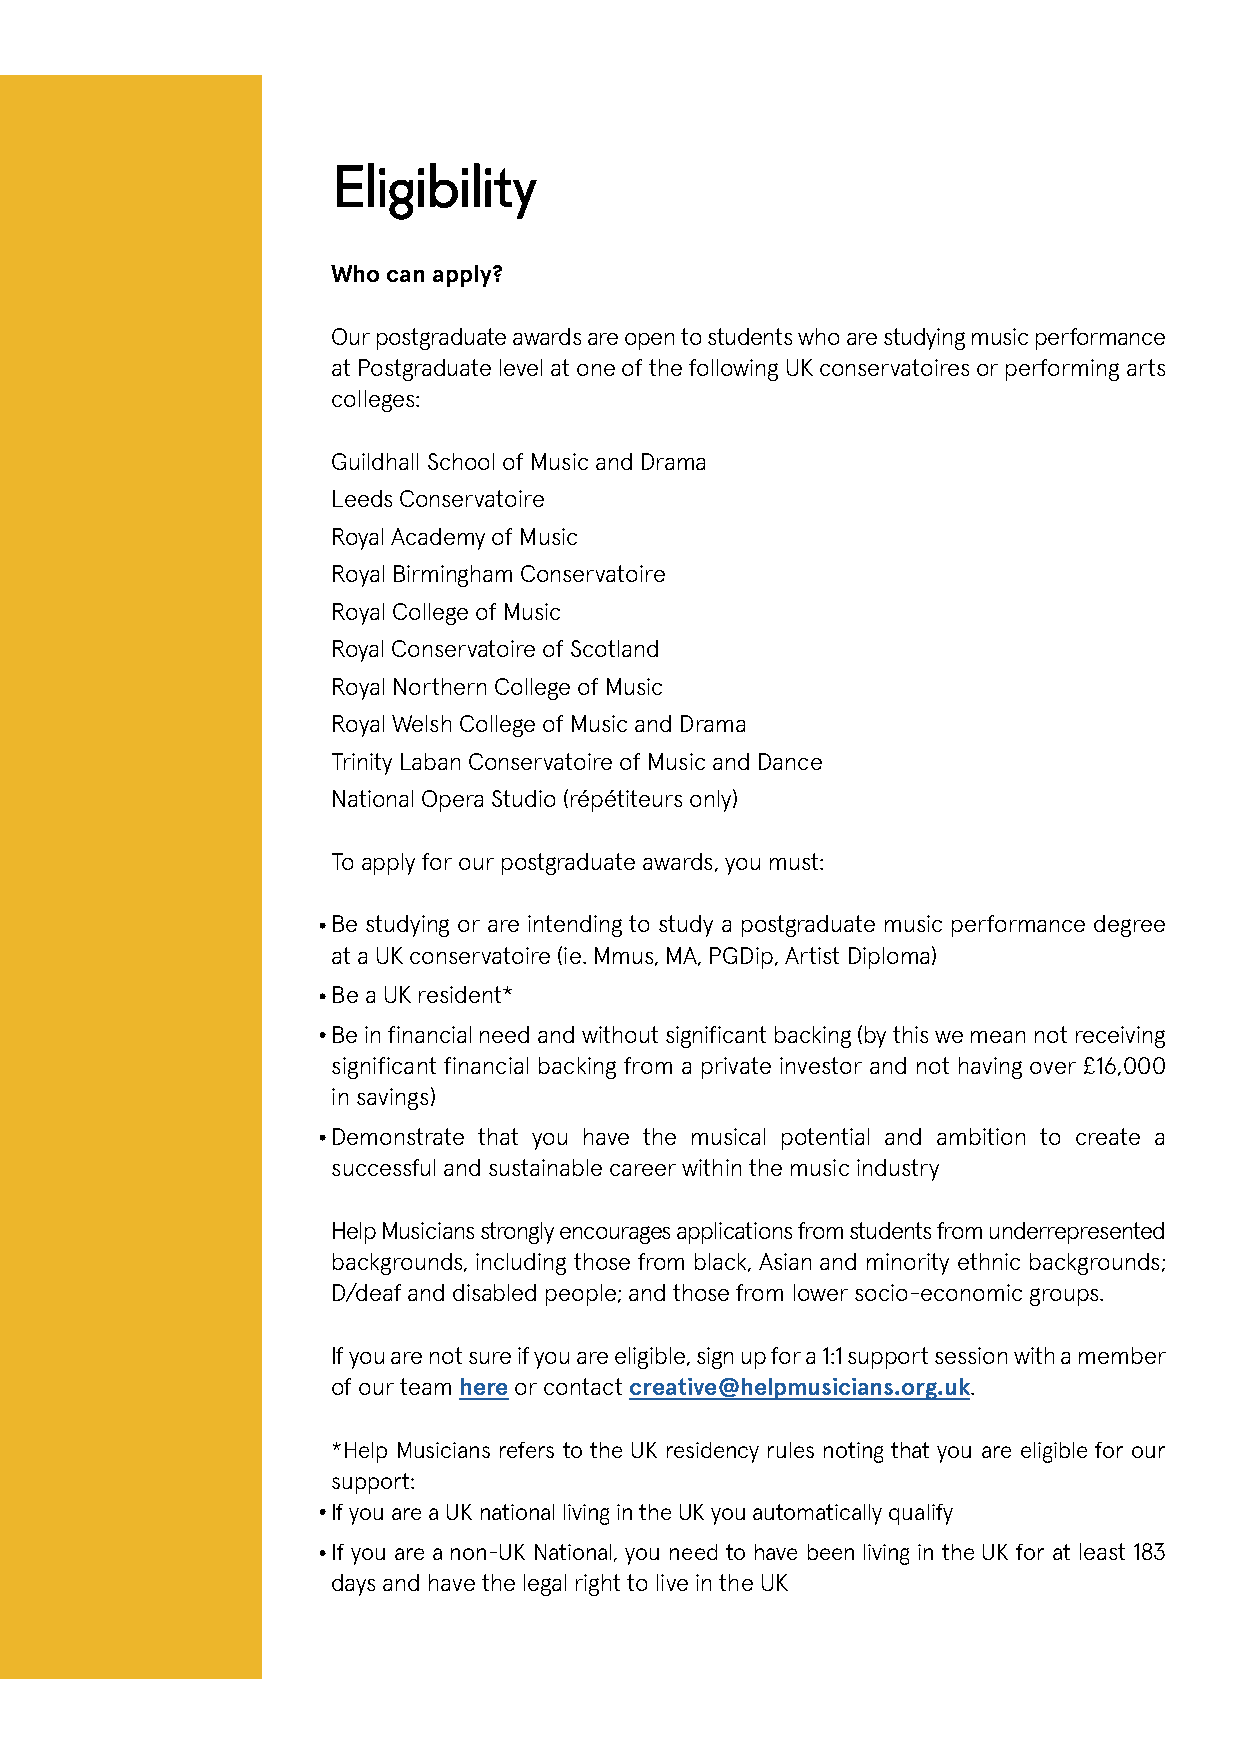
Eligibility
 Who can apply?
 Our postgraduate awards are open to students who are studying music performance
 at Postgraduate level at one of the following UK conservatoires or performing arts
 colleges:
 Guildhall School of Music and Drama
 Leeds Conservatoire
 Royal Academy of Music
 Royal Birmingham Conservatoire
 Royal College of Music
 Royal Conservatoire of Scotland
 Royal Northern College of Music
 Royal Welsh College of Music and Drama
 Trinity Laban Conservatoire of Music and Dance
 National Opera Studio (répétiteurs only)
 To apply for our postgraduate awards, you must:
 Be studying or are intending to study a postgraduate music performance degree
 at a UK conservatoire (ie. Mmus, MA, PGDip, Artist Diploma)
 Be a UK resident*
 Be in financial need and without significant backing (by this we mean not receiving
 significant financial backing from a private investor and not having over £16,000
 in savings)
 Demonstrate that you have the musical potential and ambition to create a
 successful and sustainable career within the music industry
 Help Musicians strongly encourages applications from students from underrepresented
 backgrounds, including those from black, Asian and minority ethnic backgrounds;
 D/deaf and disabled people; and those from lower socio-economic groups.
 If you are not sure if you are eligible, sign up for a 1:1 support session with a member
 of our team here or contact creative@helpmusicians.org.uk.
 *Help Musicians refers to the UK residency rules noting that you are eligible for our
 support:
 If you are a UK national living in the UK you automatically qualify
 If you are a non-UK National, you need to have been living in the UK for at least 183
 days and have the legal right to live in the UK